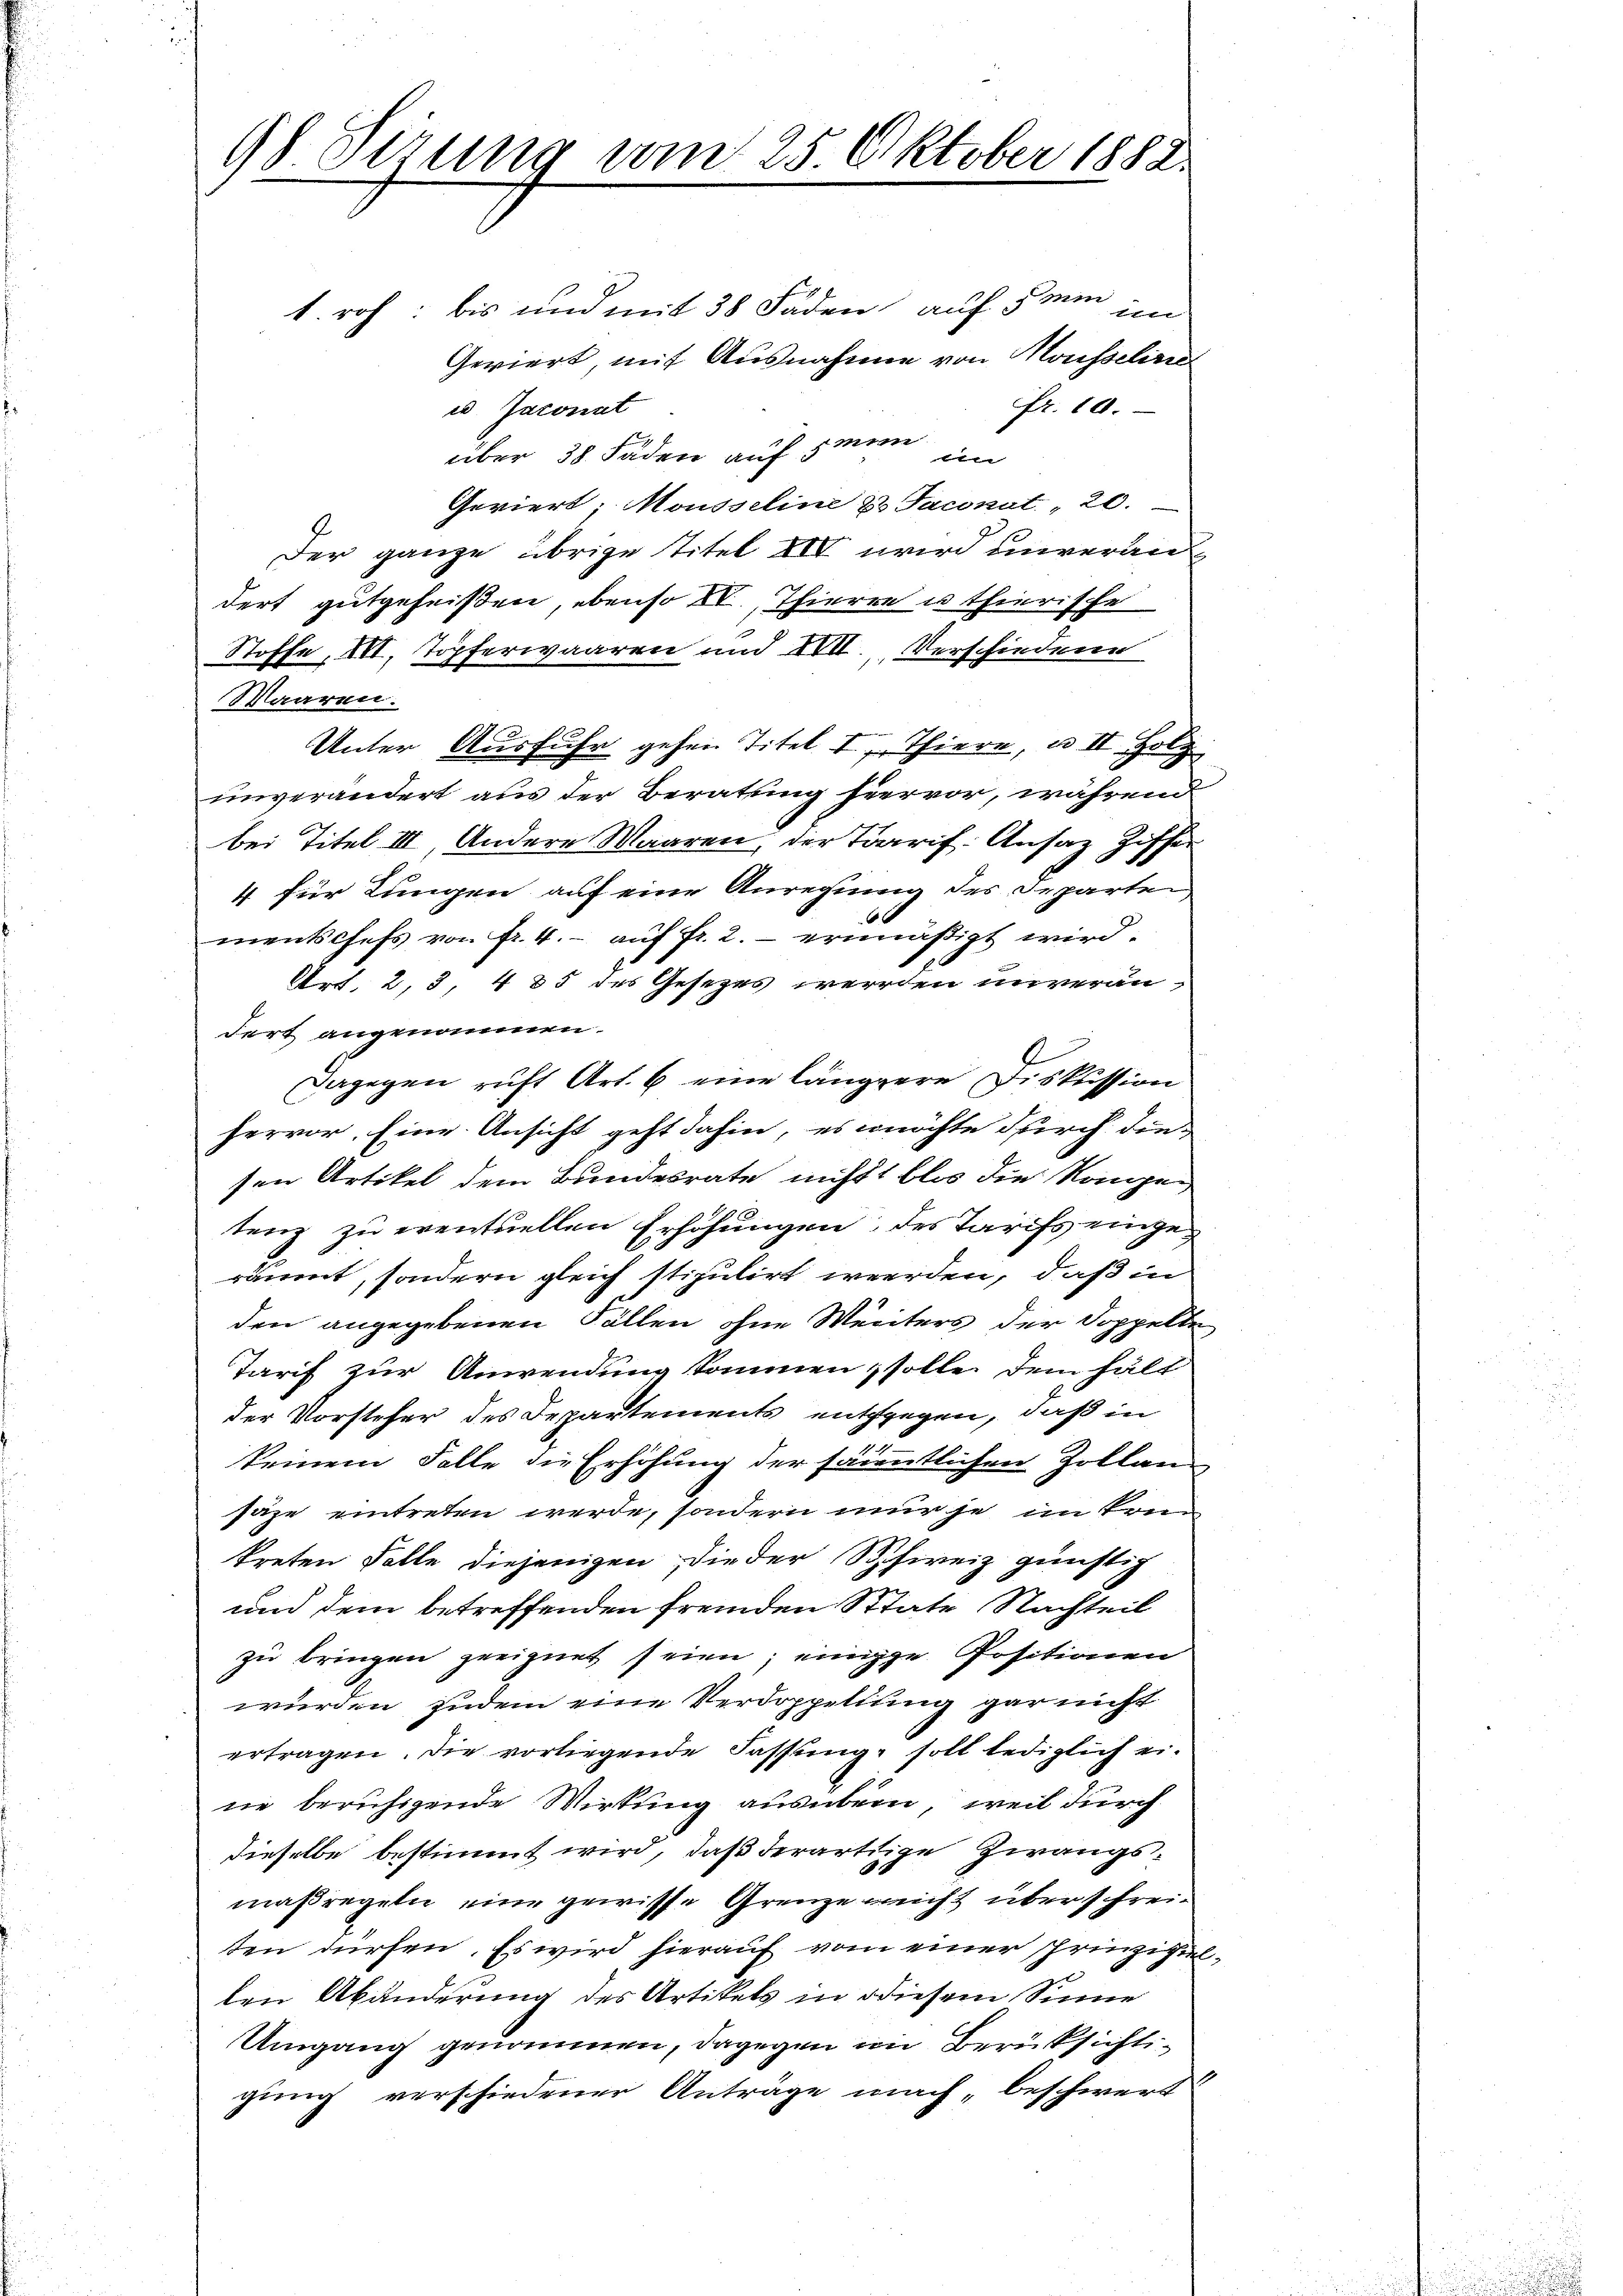
98 derung vom 25. Oktober 1882.

1. roh: bis und mit 38 Fäden auf 5 min
ebbel
Geviert, mit Ausnahme von Mousselirrees Jaconat
fr. 10.
über 38 Fäden auf man im
Geviert; Mousseline 2 Jaconat. 20.
Der ganze übrige Titel XIV wird unveranddert gutgeheißen, ebenso IV., Thieren u thierische
Stoffe, III. Töpferwaaren und XVII. Verschiedene
Maaren.
Unter Ausfuhr gehen Titel I Thiere, u. II Holz
unverändert aus der Beratung hiervor, während
bei Titel III, Andere Waaren, der Tarif. Ansatz Ziffer
4 für Lungen auf eine Anregung des Departen
mentschefs von fr. 4. auf fr. 2.- ermäßigt wird.
Art. 2, 3, 485 des Gesezes werden unverändert angenommen.
Dagegen ruft Art. 6 eine längere Diskussion
hervor. Eine Ansicht geht dahin, es möchte durch die-
sen Artikel dem Bundesrate nicht blos die Kompen
tenz zu eventuellen Erhöhungen, des Tarifs eingeräumt, sondern gleich stipulirt werden, daß in
den angegebenen Fällen ohne Menters der Doppelte
Tarif zur Anwendung kommen, solle dem hält
der Vorsteher des Departements entgegen, daß in
keinem Falle die Erhöhung der sämmtlichen Zollan-
saze eintreten werde, sondern nur je im Kreitreten Falle diejenigen, die der Schweiz günstig
und dem betreffenden fremden State Nachteil
zu bringen geeignet seien; einige Positionen
würden, zudem eine Verdoppellung gar nicht
ertragen. Die vorliegende Fassung, soll lediglich ei-
ne beruhigende Wirkung ausübern, weil durch
dieselbe bestimmt wird, daß derartige Zwangsmaßregeln eine gewisse Grenze nicht über schreiten dürfen. Es wird hierauf vom einer sprinzigen
len Abänderung des Artikels in diesem Sinne
Umgang genommen, dagegen in Berüksichtigung verschiedener Anträge nach „beschwert